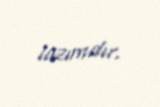
lazımdır.